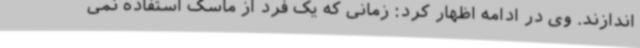
اندازند. وی در ادامه اظهار کرد: زمانی که یک فرد از ماسک استفاده نمی